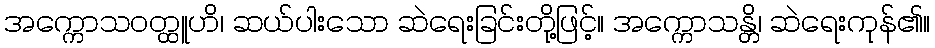
အက္ကောသဝတ္ထူဟိ၊ ဆယ်ပါးသော ဆဲရေးခြင်းတို့ဖြင့်။ အက္ကောသန္တိ၊ ဆဲရေးကုန်၏။